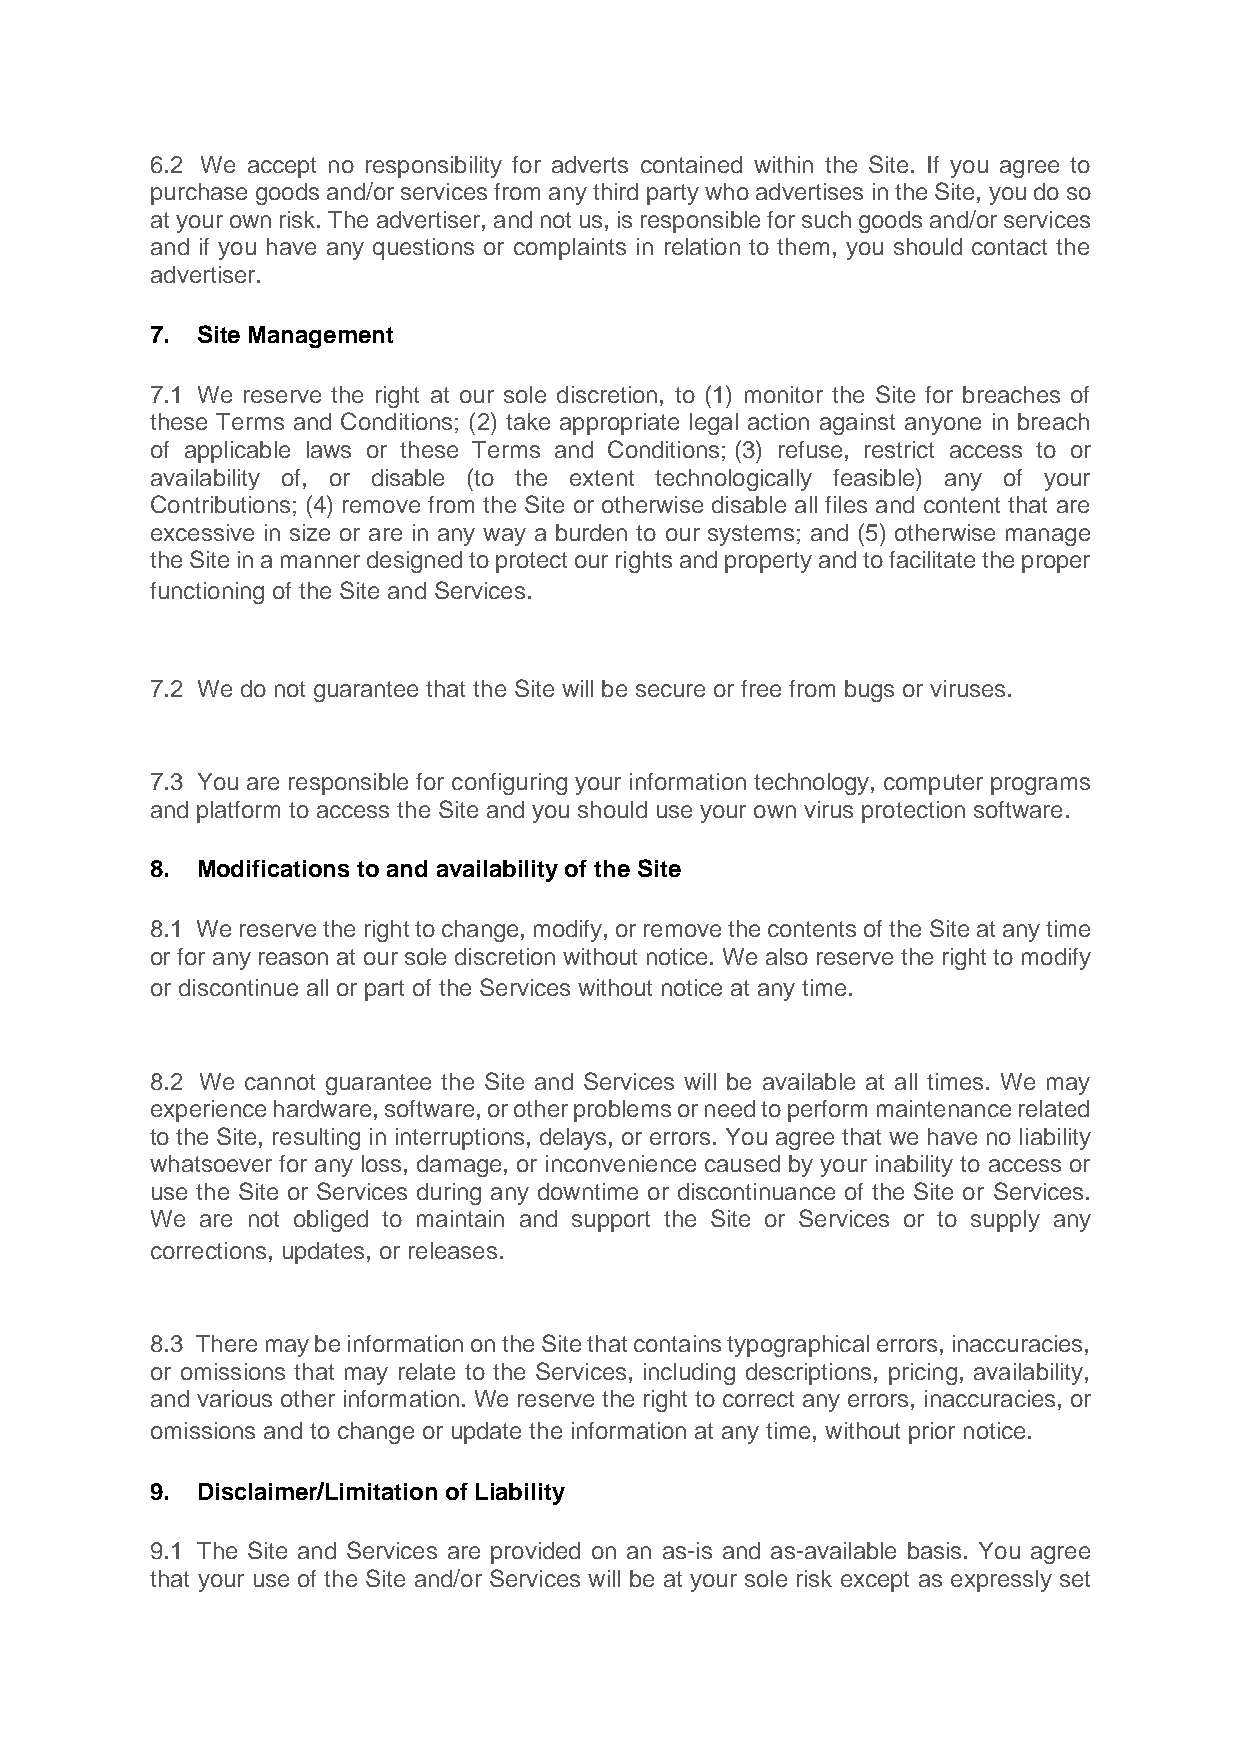
6.2 We accept no responsibility for adverts contained within the Site. If you agree to
 purchase goods and/or services from any third party who advertises in the Site, you do so
 at your own risk. The advertiser, and not us, is responsible for such goods and/or services
 and if you have any questions or complaints in relation to them, you should contact the
 advertiser.
 7. Site Management
 7.1 We reserve the right at our sole discretion, to (1) monitor the Site for breaches of
 these Terms and Conditions; (2) take appropriate legal action against anyone in breach
 of applicable laws or these Terms and Conditions; (3) refuse, restrict access to or
 availability of, or disable (to the extent technologically feasible) any of your
 Contributions; (4) remove from the Site or otherwise disable all files and content that are
 excessive in size or are in any way a burden to our systems; and (5) otherwise manage
 the Site in a manner designed to protect our rights and property and to facilitate the proper
 functioning of the Site and Services.
 7.2 We do not guarantee that the Site will be secure or free from bugs or viruses.
 7.3 You are responsible for configuring your information technology, computer programs
 and platform to access the Site and you should use your own virus protection software.
 8. Modifications to and availability of the Site
 8.1 We reserve the right to change, modify, or remove the contents of the Site at any time
 or for any reason at our sole discretion without notice. We also reserve the right to modify
 or discontinue all or part of the Services without notice at any time.
 8.2 We cannot guarantee the Site and Services will be available at all times. We may
 experience hardware, software, or other problems or need to perform maintenance related
 to the Site, resulting in interruptions, delays, or errors. You agree that we have no liability
 whatsoever for any loss, damage, or inconvenience caused by your inability to access or
 use the Site or Services during any downtime or discontinuance of the Site or Services.
 We are not obliged to maintain and support the Site or Services or to supply any
 corrections, updates, or releases.
 8.3 There may be information on the Site that contains typographical errors, inaccuracies,
 or omissions that may relate to the Services, including descriptions, pricing, availability,
 and various other information. We reserve the right to correct any errors, inaccuracies, or
 omissions and to change or update the information at any time, without prior notice.
 9. Disclaimer/Limitation of Liability
 9.1 The Site and Services are provided on an as-is and as-available basis. You agree
 that your use of the Site and/or Services will be at your sole risk except as expressly set